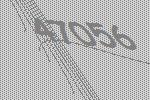
47056